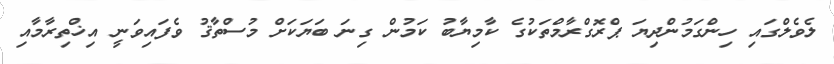
ލެވެލްގައި ހިންގަމުންދިޔަ ޕްރޮގްރާމްތަކުގެ ކާމިޔާބު ކަމުން ގިނަ ބަޔަކަށް މުސްތާޤު ވެފައިވަނީ އިޚްތިރާމާއި